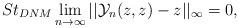
LaTeX: \begin{align*} St_{DNM}\lim_{n\rightarrow \infty}||\mathcal{Y}_{n}(z,z)-z||_{\infty}=0, \end{align*}